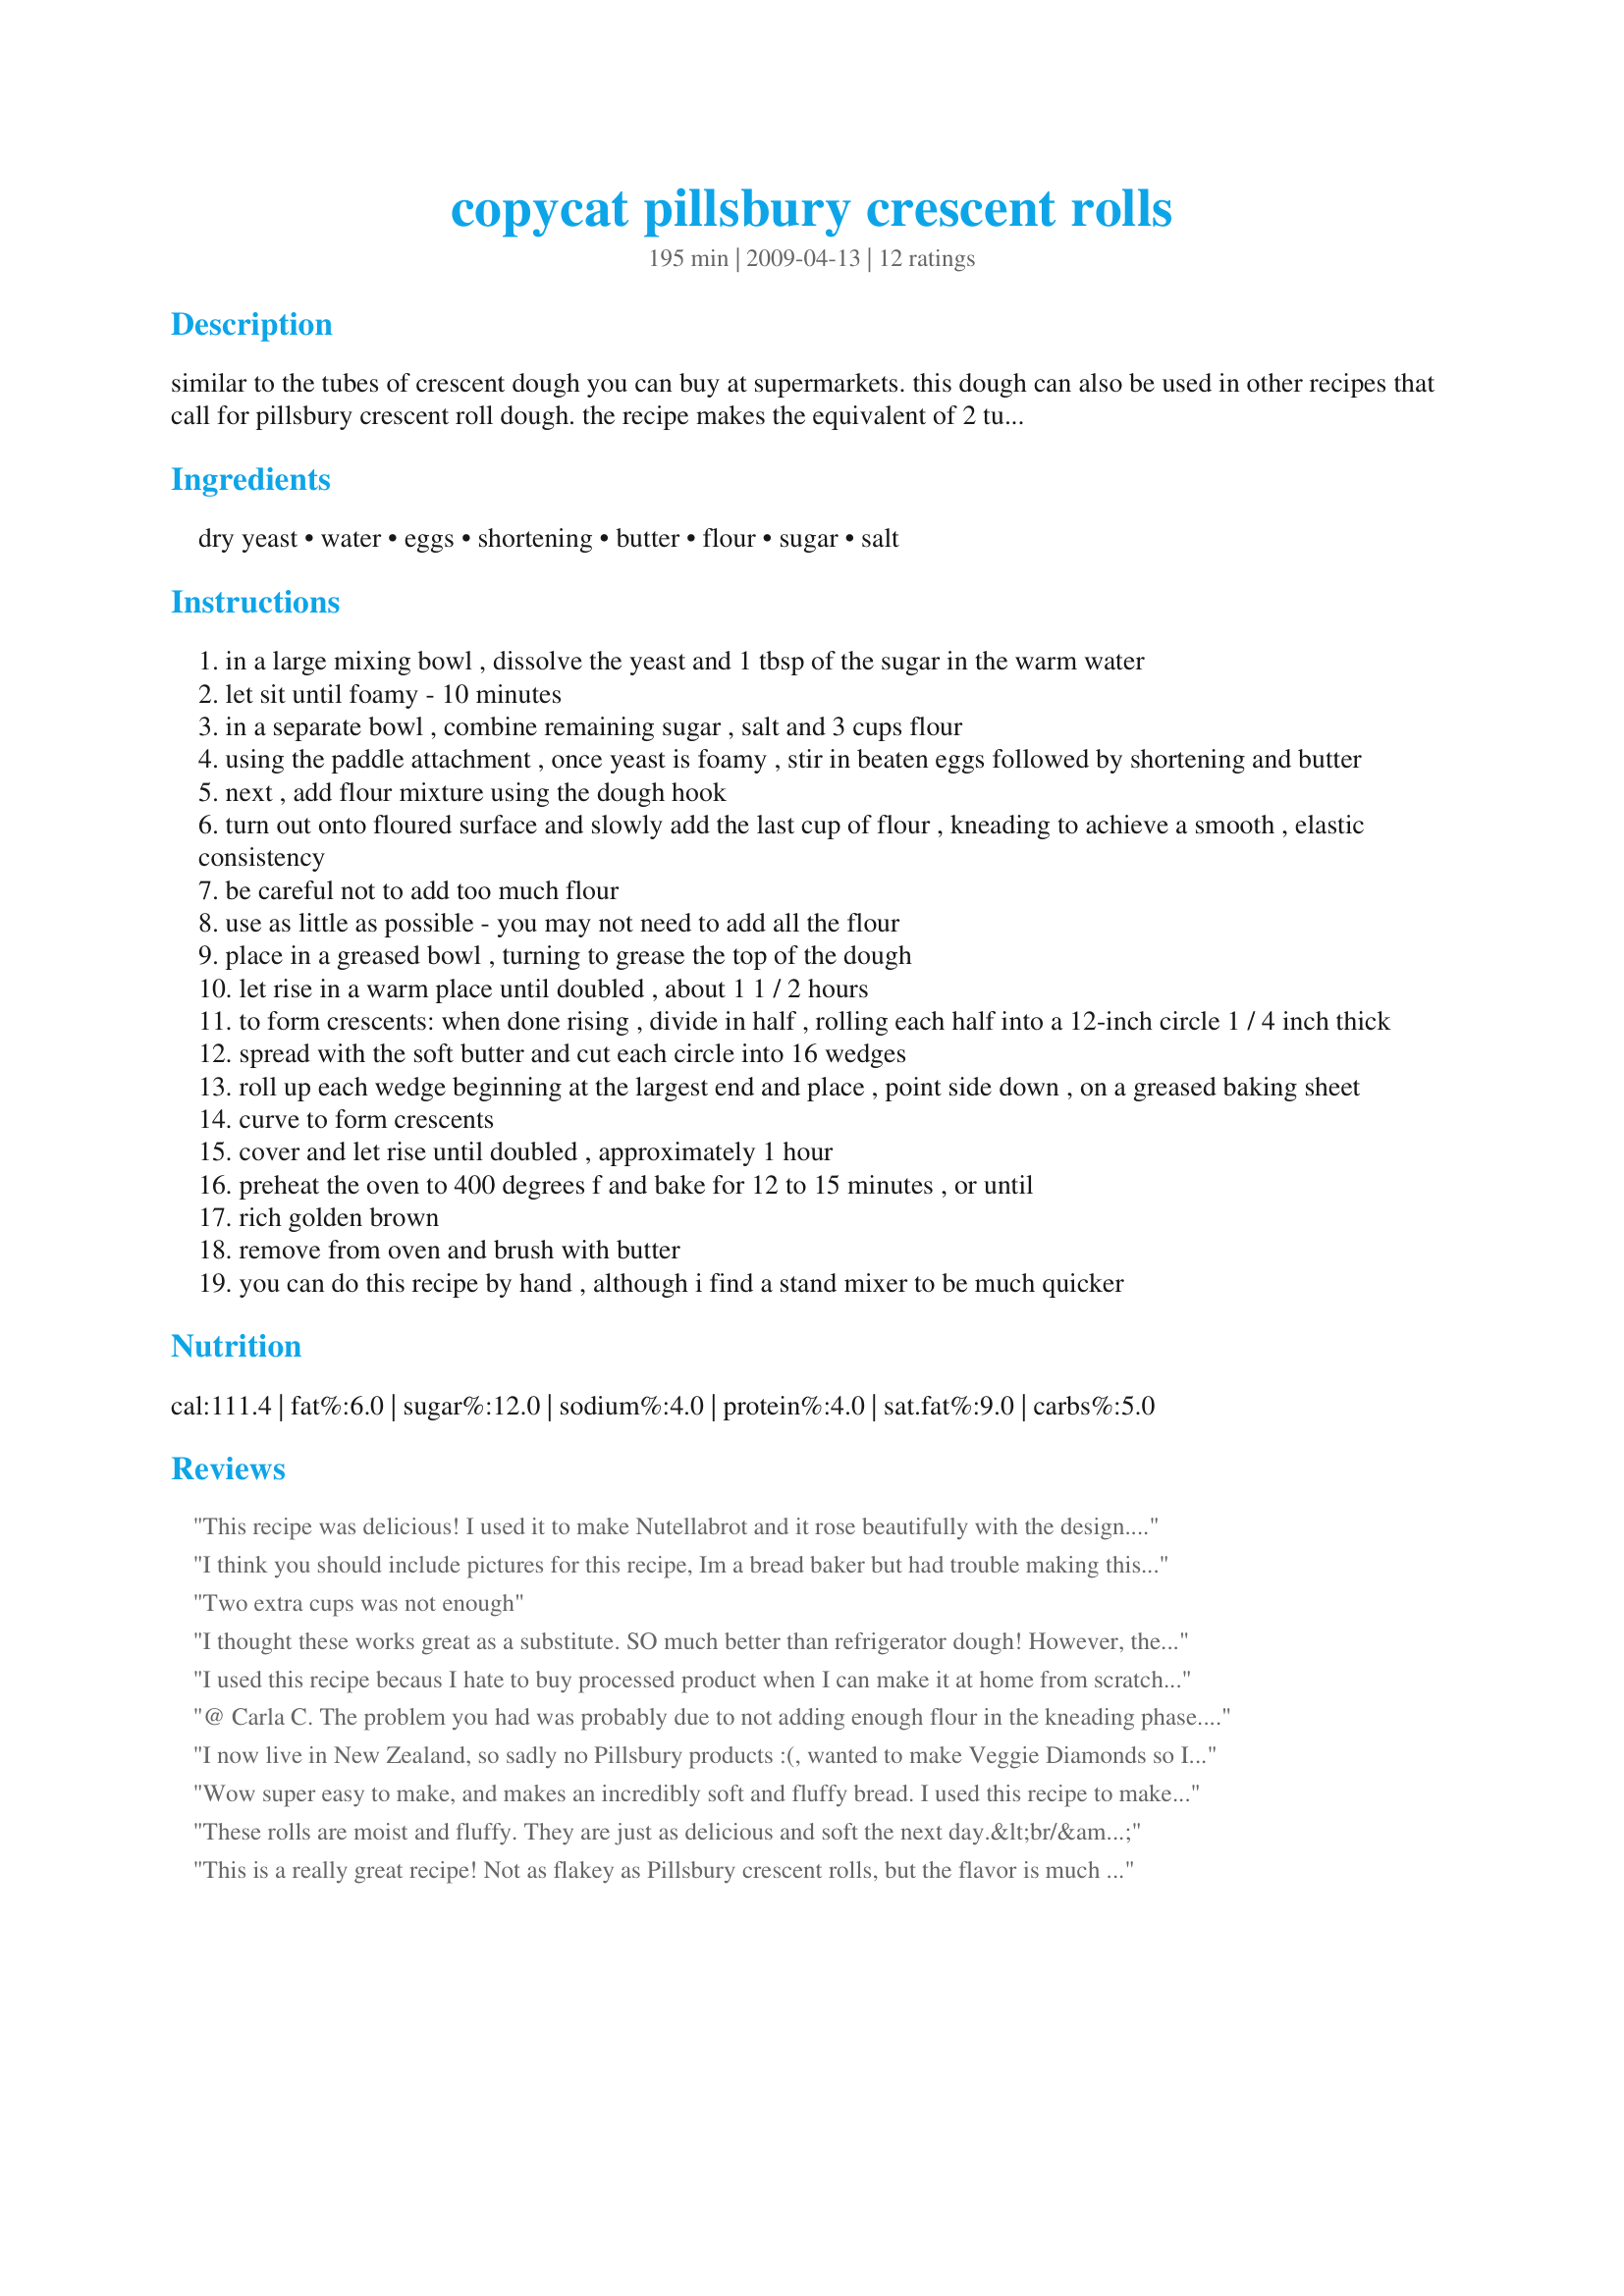
copycat pillsbury crescent rolls
Preparation time: 195 minutes

similar to the tubes of crescent dough you can buy at supermarkets. this dough can also be used in other recipes that call for pillsbury crescent roll dough. the recipe makes the equivalent of 2 tubes of storebought dough. be sure not to skip the step where you brush the dough with butter before baking.

***tip***: for foolproof rising conditions, place dough in a large greased bowl, covered, in a cold oven. on the bottom rack, fill a 9x13 inch pan with boiling water and close the door. the moisture and heat makes for perfect results every time.

Ingredients:
dry yeast, water, eggs, shortening, butter, flour, sugar, salt

Steps:
in a large mixing bowl , dissolve the yeast and 1 tbsp of the sugar in the warm water
let sit until foamy - 10 minutes
in a separate bowl , combine remaining sugar , salt and 3 cups flour
using the paddle attachment , once yeast is foamy , stir in beaten eggs followed by shortening and butter
next , add flour mixture using the dough hook
turn out onto floured surface and slowly add the last cup of flour , kneading to achieve a smooth , elastic consistency
be careful not to add too much flour
use as little as possible - you may not need to add all the flour
place in a greased bowl , turning to grease the top of the dough
let rise in a warm place until doubled , about 1 1 / 2 hours
to form crescents: when done rising , divide in half , rolling each half into a 12-inch circle 1 / 4 inch thick
spread with the soft butter and cut each circle into 16 wedges
roll up each wedge beginning at the largest end and place , point side down , on a greased baking sheet
curve to form crescents
cover and let rise until doubled , approximately 1 hour
preheat the oven to 400 degrees f and bake for 12 to 15 minutes , or until
rich golden brown
remove from oven and brush with butter
you can do this recipe by hand , although i find a stand mixer to be much quicker

Reviews:
This recipe was delicious! I used it to make Nutellabrot and it rose beautifully with the design. Not only did it look good, but it tasted like a better version of the canned stuff. Thank you, food.com!
I think you should include pictures for this recipe, Im a bread baker but had trouble making this recipe. Im used having a shape for the dough and turned out with a goopy mess while making this and im not sure if that&#039;s what its supposed to be like, so maybe be more descriptive in the texture of the dough and more clear in the instructions, so far, im pretty disappointed in this recipe, I will likely not use it again.
Two extra cups was not enough
I thought these works great as a substitute. SO much better than refrigerator dough! However, the note says that this recipe is equivalent to 2 cans of Pillsbury. Those cans are 8 oz. each - this recipe makes a little more than 2 pounds of dough. So, just be aware that you&#039;ll really have the equivalent of 4 cans, not only 2. You can always freeze your unused &quot;can&#039;s worth&quot; and have it ready for your next need! :)
I used this recipe becaus I hate to buy processed product when I can make it at home from scratch. I used half of the dough to make a cold veggie pizza and used the rest to make crescent rolls. I am happy with the outcome. I couldn&#039;t tell you if it tastes the same or not but for few times thatI will use it per year... it&#039;s great. Kids loved the pizz too!
@ Carla C.
The problem you had was probably due to not adding enough flour in the kneading phase. The dough should be a little sticky BUT still be able to easily form a ball.

As for the shape of the dough you can take each half and split it into 16 equal balls. Form each of these balls into an elongated triangle, long sides with a small base like the shape Pillsbury crescent rolls come in.
I now live in New Zealand, so sadly no Pillsbury products :(, wanted to make Veggie Diamonds so I thought I would give this a try. Nice and easy,it is so close to the real deal. Its a little puffier than crescents, but that is ok. It will be nice and firm to hold all the cream cheese and veggies. Thanks, my kids are excited about all the other things I usually make with the crescent rolls
Wow super easy to make, and makes an incredibly soft and fluffy bread. I used this recipe to make pizza scrolls for a party and they were a huge hit with everyone. Couple of mods - added slightly over 1/4 of sugar, used coconut oil in place of shortening and added the butter after the flour mix was added, only needed 2 tbs extra flour out of the last cup (3cups 2tbs total). I found the dough extremely soft and lovely to work with and will definitely used this recipe again.
These rolls are moist and fluffy. They are just as delicious and soft the next day.&lt;br/&gt;Used olive oil instead of shortening. &lt;br/&gt;This bread is perfect for homemade hot pockets and breakfast pockets :)
This is a really great recipe! Not as flakey as Pillsbury crescent rolls, but the flavor is much better! They are great as is or made into homemade hot pockets.
I am in Brazil. Here it is so hot messing with butter pastry croissants is pain. This recipe works well with local ingredients ,I used pig lard instead of vegetable shortening and the results were fabulous.
Love this recipe I have been using it for a while to make everything from cinnamon rolls to pizza crust to actual crescent rolls.
